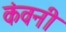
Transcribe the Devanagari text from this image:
कंवनी